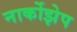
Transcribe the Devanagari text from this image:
नार्कोझेप